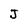
Character: J